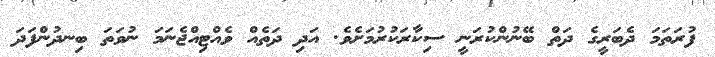
ފުރަތަމަ ދެބަރީގެ ދަތް ބޭނުންކުރަނީ ސިކާރަކުރުމަށެވެ. އަދި ދަތެއް ވެއްޓިއްޖެނަމަ ނުވަތަ ބިނދުންފަދަ